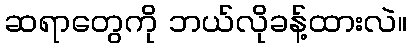
ဆရာတွေကို ဘယ်လိုခန့်ထားလဲ။